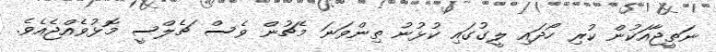
ނަތީޖާއަކުން ކުރި ހޯދައި ލީގުގައި ކުޅުނު ތިންވަނަ މެޗުން ވެސް ޗެލްސީ މޮޅުވެއްޖެއެވެ.